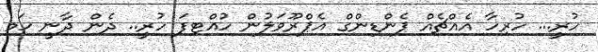
ހުރީ... ހުރިހާ އެއްޗެއް ޕެންޑިންގް އެޕްރޫވަލުން ހުއްޓިފަ ހުރީ.. ދެން ދާނީ ހަމ